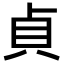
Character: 貞